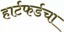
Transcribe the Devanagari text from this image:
हार्टफर्डचा